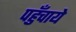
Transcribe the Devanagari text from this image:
पहुँचाये